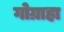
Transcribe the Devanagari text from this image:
गोग्राहा